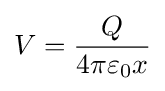
V={\frac {Q}{4\pi \varepsilon _{0}x}}